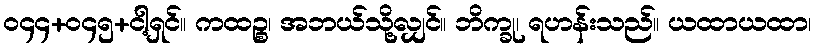
ဝ၄၄+ဝ၄၅+ငါ့ရှင်။ ကထဉ္စ၊ အဘယ်သို့လျှင်။ ဘိက္ခု၊ ရဟန်းသည်။ ယထာယထာ၊